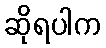
ဆိုရပါက